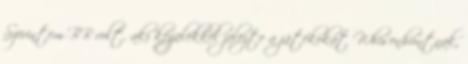
Szerintem BB volt, aki kézjelekkel jelezte a játékokat Whisenhuntnak,